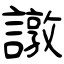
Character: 譈